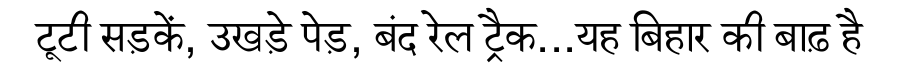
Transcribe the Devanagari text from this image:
टूटी सड़कें, उखड़े पेड़, बंद रेल ट्रैक...यह बिहार की बाढ़ है